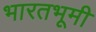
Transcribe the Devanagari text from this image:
भारतभूमी